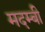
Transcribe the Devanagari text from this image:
मदम्बी